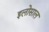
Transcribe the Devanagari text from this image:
इलोसाल